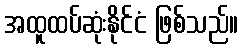
အထူထပ်ဆုံးနိုင်ငံ ဖြစ်သည်။